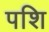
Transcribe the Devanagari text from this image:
पशि